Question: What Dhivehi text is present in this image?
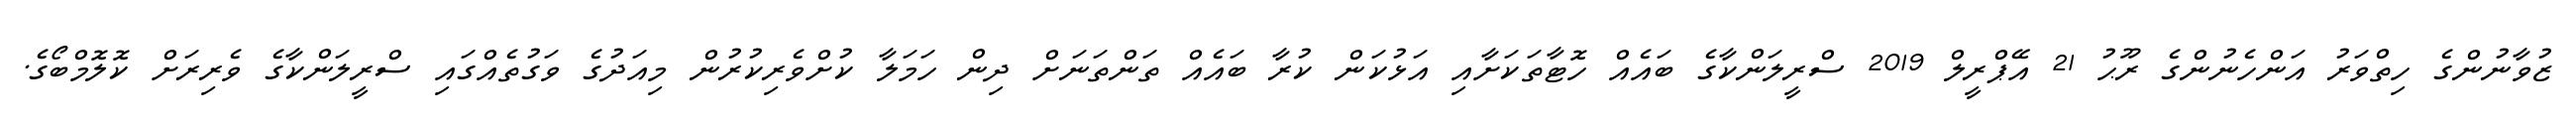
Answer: ޒުވާނުންގެ ހިތްވަރު އަންހެނުންގެ ރޫޙު 21 އޭޕްރީލް 2019 ސްރީލަންކާގެ ބައެއް ހޮޓާތަކަށާއި އަޅުކަން ކުރާ ބައެއް ތަންތަނަށް ދިން ހަމަލާ ކުށްވެރިކުރުން މިއަދުގެ ވަގުތެއްގައި ސްރީލަންކާގެ ވެރިރަށް ކޮލޮމްބޯގެ.